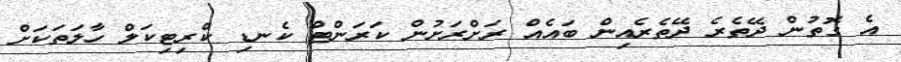
އެ ގޮތުން ދޭތެރެ ދޭތެރެއިން ބައެއް ރަށްރަށުން ކަރަންޓް ކެނޑި ކްރިޓިކަލް ހާލަތަކަށް